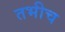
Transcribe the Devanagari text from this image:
तभीच